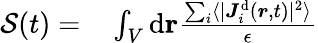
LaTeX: \begin{array}{rl}{{\mathcal{S}}(t)=}&{{}\int_{V}\mathrm{d}\mathbf{{\boldsymbol{r}}}\frac{\sum_{i}\langle\vert{{\boldsymbol{J}}}_{i}^{\mathrm{d}}({\boldsymbol{r}},t)\vert^{2}\rangle}{\epsilon}}\end{array}